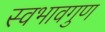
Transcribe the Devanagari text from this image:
स्वभावगुण